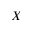
X